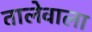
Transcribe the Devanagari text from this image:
तालेवाला